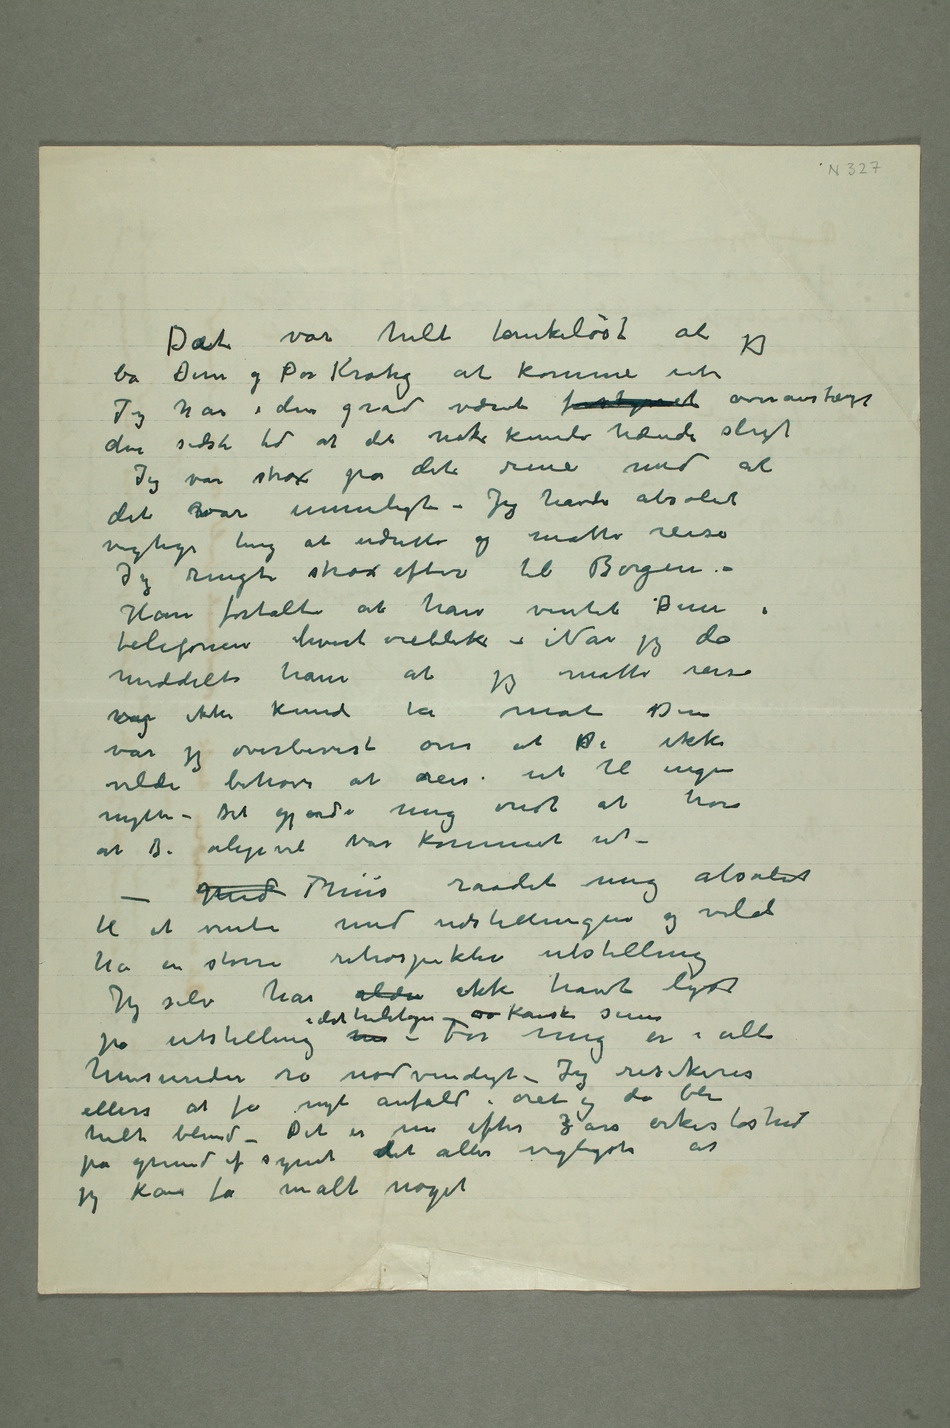
Daet var helt tankeløst at jeg
ba Dem og Per Krohg at komme ut
Jeg har i den grad været forstyrret overanstrængt
den sidste tid at det nok kunde hænde sligt
Jeg var strax på det rene med at
det var umuligt – Jeg havde absolut
vigtige ting at udrette og måtte reise
Jeg ringte strax efter til Borgen –
Han fortalte at han ventet dDem i
telefonen hvert øieblik – Når jeg da
meddelte ham at jeg måtte reise
varog ikke kunde ta mot Dem
var jeg overbevist om at dDe ikke
vilde behøve at reise ut til ingen
nytte – Det gjorde mig ondt at høre
at De aligevel var kommet ut –
– Med Thiis raadet mig absolut
til at vente med udstillingen og vilde
ha en større retrospektiv utstilling
Jeg selv har aldri ikke havt lyst
på utstilling nu i det heletagen  Kanske senere
henseender ro nødvendigt – Jeg risikerer
ellers at få nyt anfald i øiet og da bli
helt blind – Det er nu efter 3 års ørkesløshed
på grund af synet det aller vigtigste at
jeg kan få malt noget